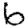
Digit: 6